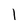
Character: I